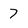
Character: 7